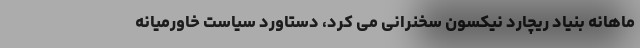
ماهانه بنیاد ریچارد نیکسون سخنرانی می کرد، دستاورد سیاست خاورمیانه